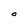
Character: O